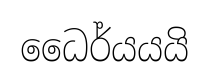
ධෛර්යයයි